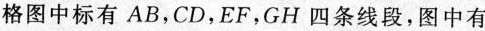
格图中标有AB，CD，EF，GH四条线段，图中有